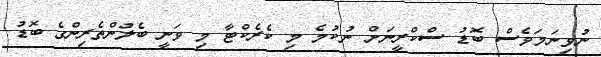
ނުވިނަމަވެސް ބޮޑު ސްކްރީނަށް ނުކުމެ މި ކެރެކްޓާ މި ވަނީ ބެލުންތެރިންގެ ބޮޑު